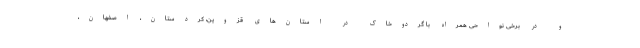
و در برخی نواحی همراه با گردوخاک در استان‌های قزوین، کردستان، اصفهان،